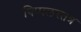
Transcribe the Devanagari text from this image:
पिप्पलस्तत्र